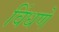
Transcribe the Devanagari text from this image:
विंधणे